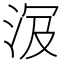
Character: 𣴄